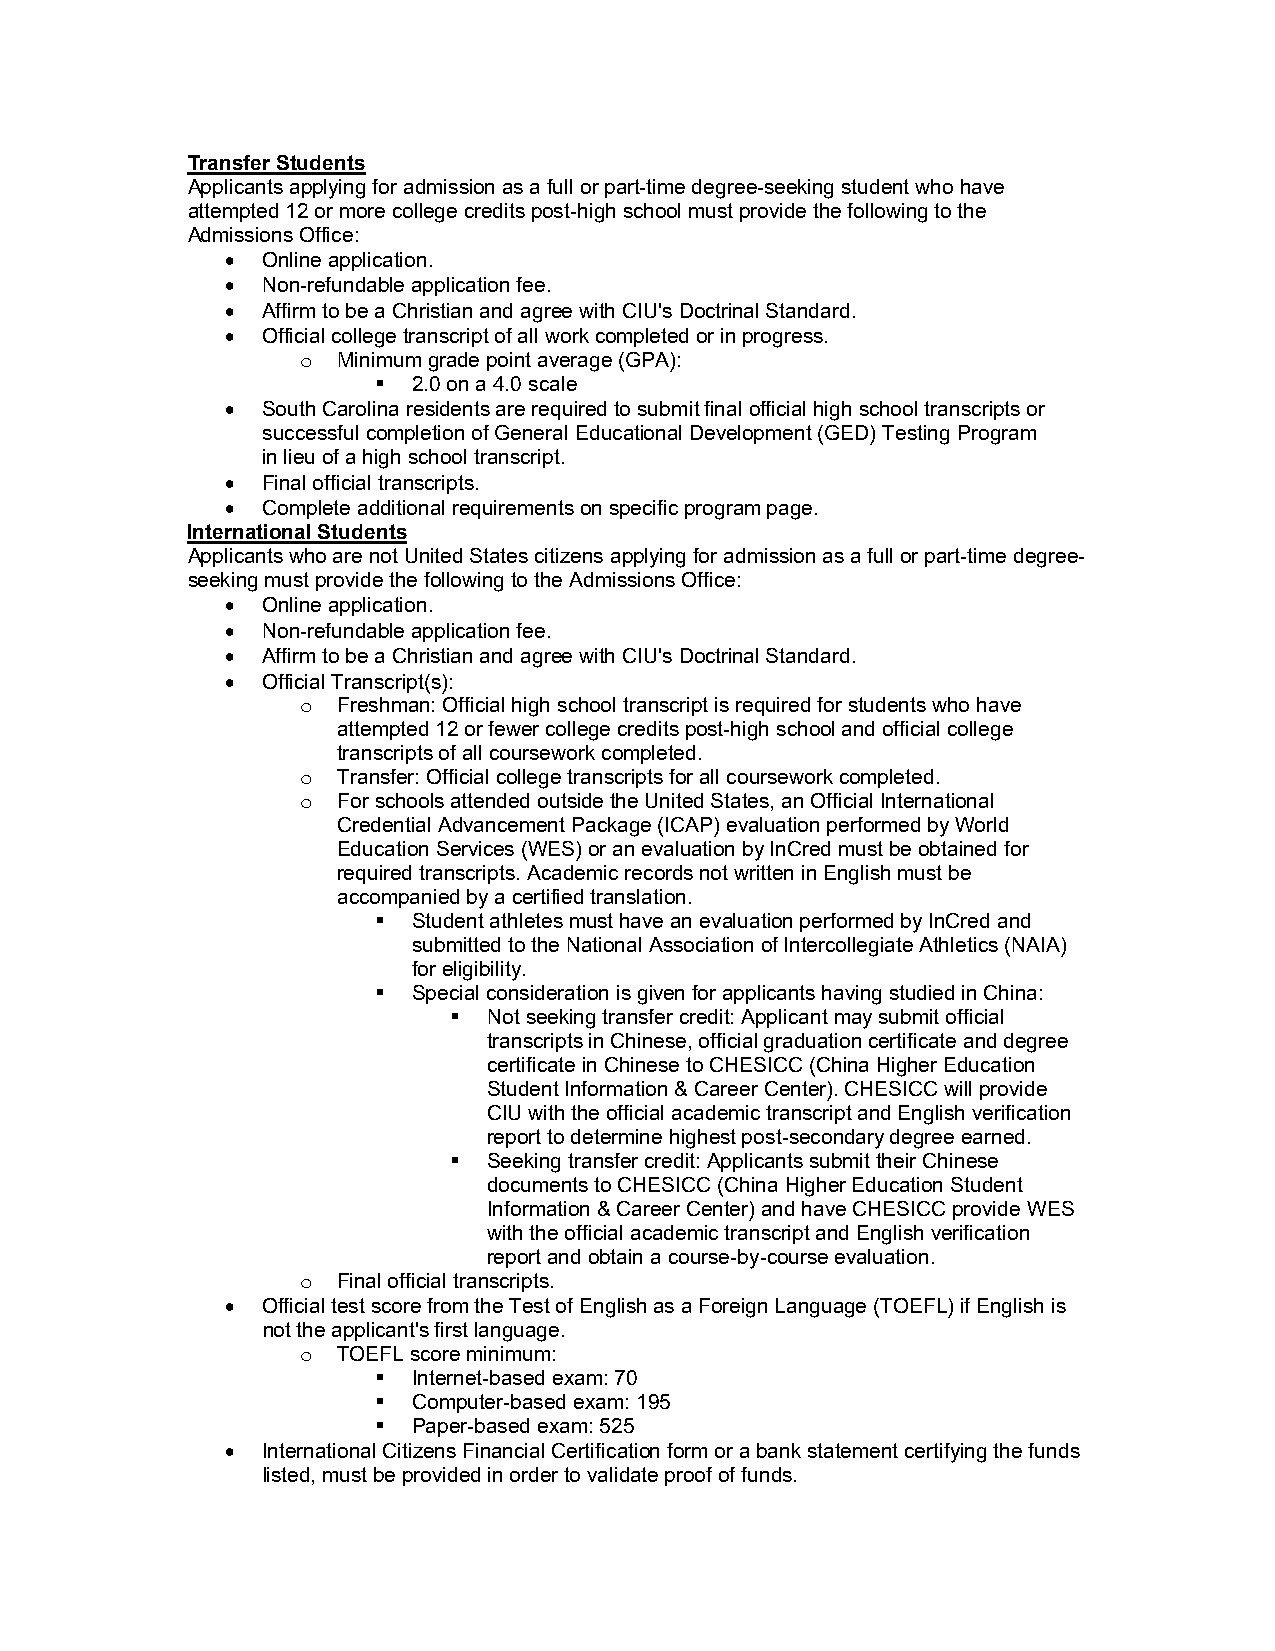
Transfer Students
 Applicants applying for admission as a full or part-time degree-seeking student who have
 attempted 12 or more college credits post-high school must provide the following to the
 Admissions Office:
  Online application.
  Non-refundable application fee.
  Affirm to be a Christian and agree with CIU's Doctrinal Standard.
  Official college transcript of all work completed or in progress.
 o Minimum grade point average (GPA):
  2.0 on a 4.0 scale
  South Carolina residents are required to submit final official high school transcripts or
 successful completion of General Educational Development (GED) Testing Program
 in lieu of a high school transcript.
  Final official transcripts.
  Complete additional requirements on specific program page.
 International Students
 Applicants who are not United States citizens applying for admission as a full or part-time degree-
 seeking must provide the following to the Admissions Office:
  Online application.
  Non-refundable application fee.
  Affirm to be a Christian and agree with CIU's Doctrinal Standard.
  Official Transcript(s):
 o Freshman: Official high school transcript is required for students who have
 attempted 12 or fewer college credits post-high school and official college
 transcripts of all coursework completed.
 o Transfer: Official college transcripts for all coursework completed.
 o For schools attended outside the United States, an Official International
 Credential Advancement Package (ICAP) evaluation performed by World
 Education Services (WES) or an evaluation by InCred must be obtained for
 required transcripts. Academic records not written in English must be
 accompanied by a certified translation.
  Student athletes must have an evaluation performed by InCred and
 submitted to the National Association of Intercollegiate Athletics (NAIA)
 for eligibility.
  Special consideration is given for applicants having studied in China:
  Not seeking transfer credit: Applicant may submit official
 transcripts in Chinese, official graduation certificate and degree
 certificate in Chinese to CHESICC (China Higher Education
 Student Information & Career Center). CHESICC will provide
 CIU with the official academic transcript and English verification
 report to determine highest post-secondary degree earned.
  Seeking transfer credit: Applicants submit their Chinese
 documents to CHESICC (China Higher Education Student
 Information & Career Center) and have CHESICC provide WES
 with the official academic transcript and English verification
 report and obtain a course-by-course evaluation.
 o Final official transcripts.
  Official test score from the Test of English as a Foreign Language (TOEFL) if English is
 not the applicant's first language.
 o TOEFL score minimum:
  Internet-based exam: 70
  Computer-based exam: 195
  Paper-based exam: 525
  International Citizens Financial Certification form or a bank statement certifying the funds
 listed, must be provided in order to validate proof of funds.